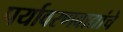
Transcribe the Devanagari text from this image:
पर्यावरणवाद्यांचे